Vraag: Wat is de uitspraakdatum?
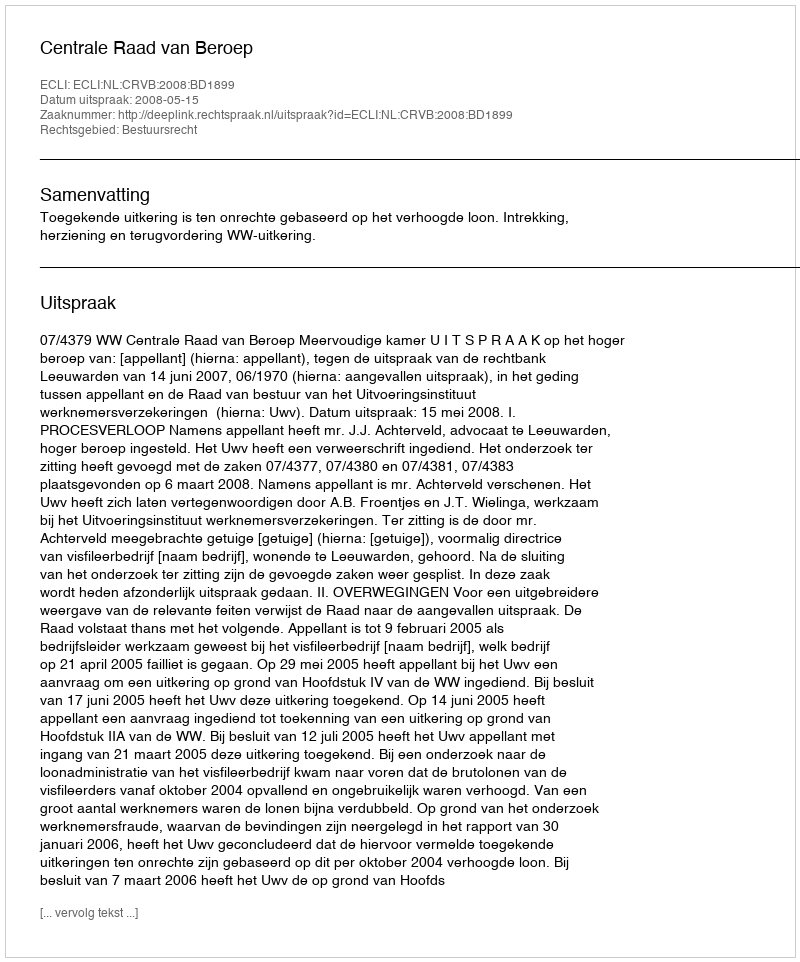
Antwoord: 2008-05-15